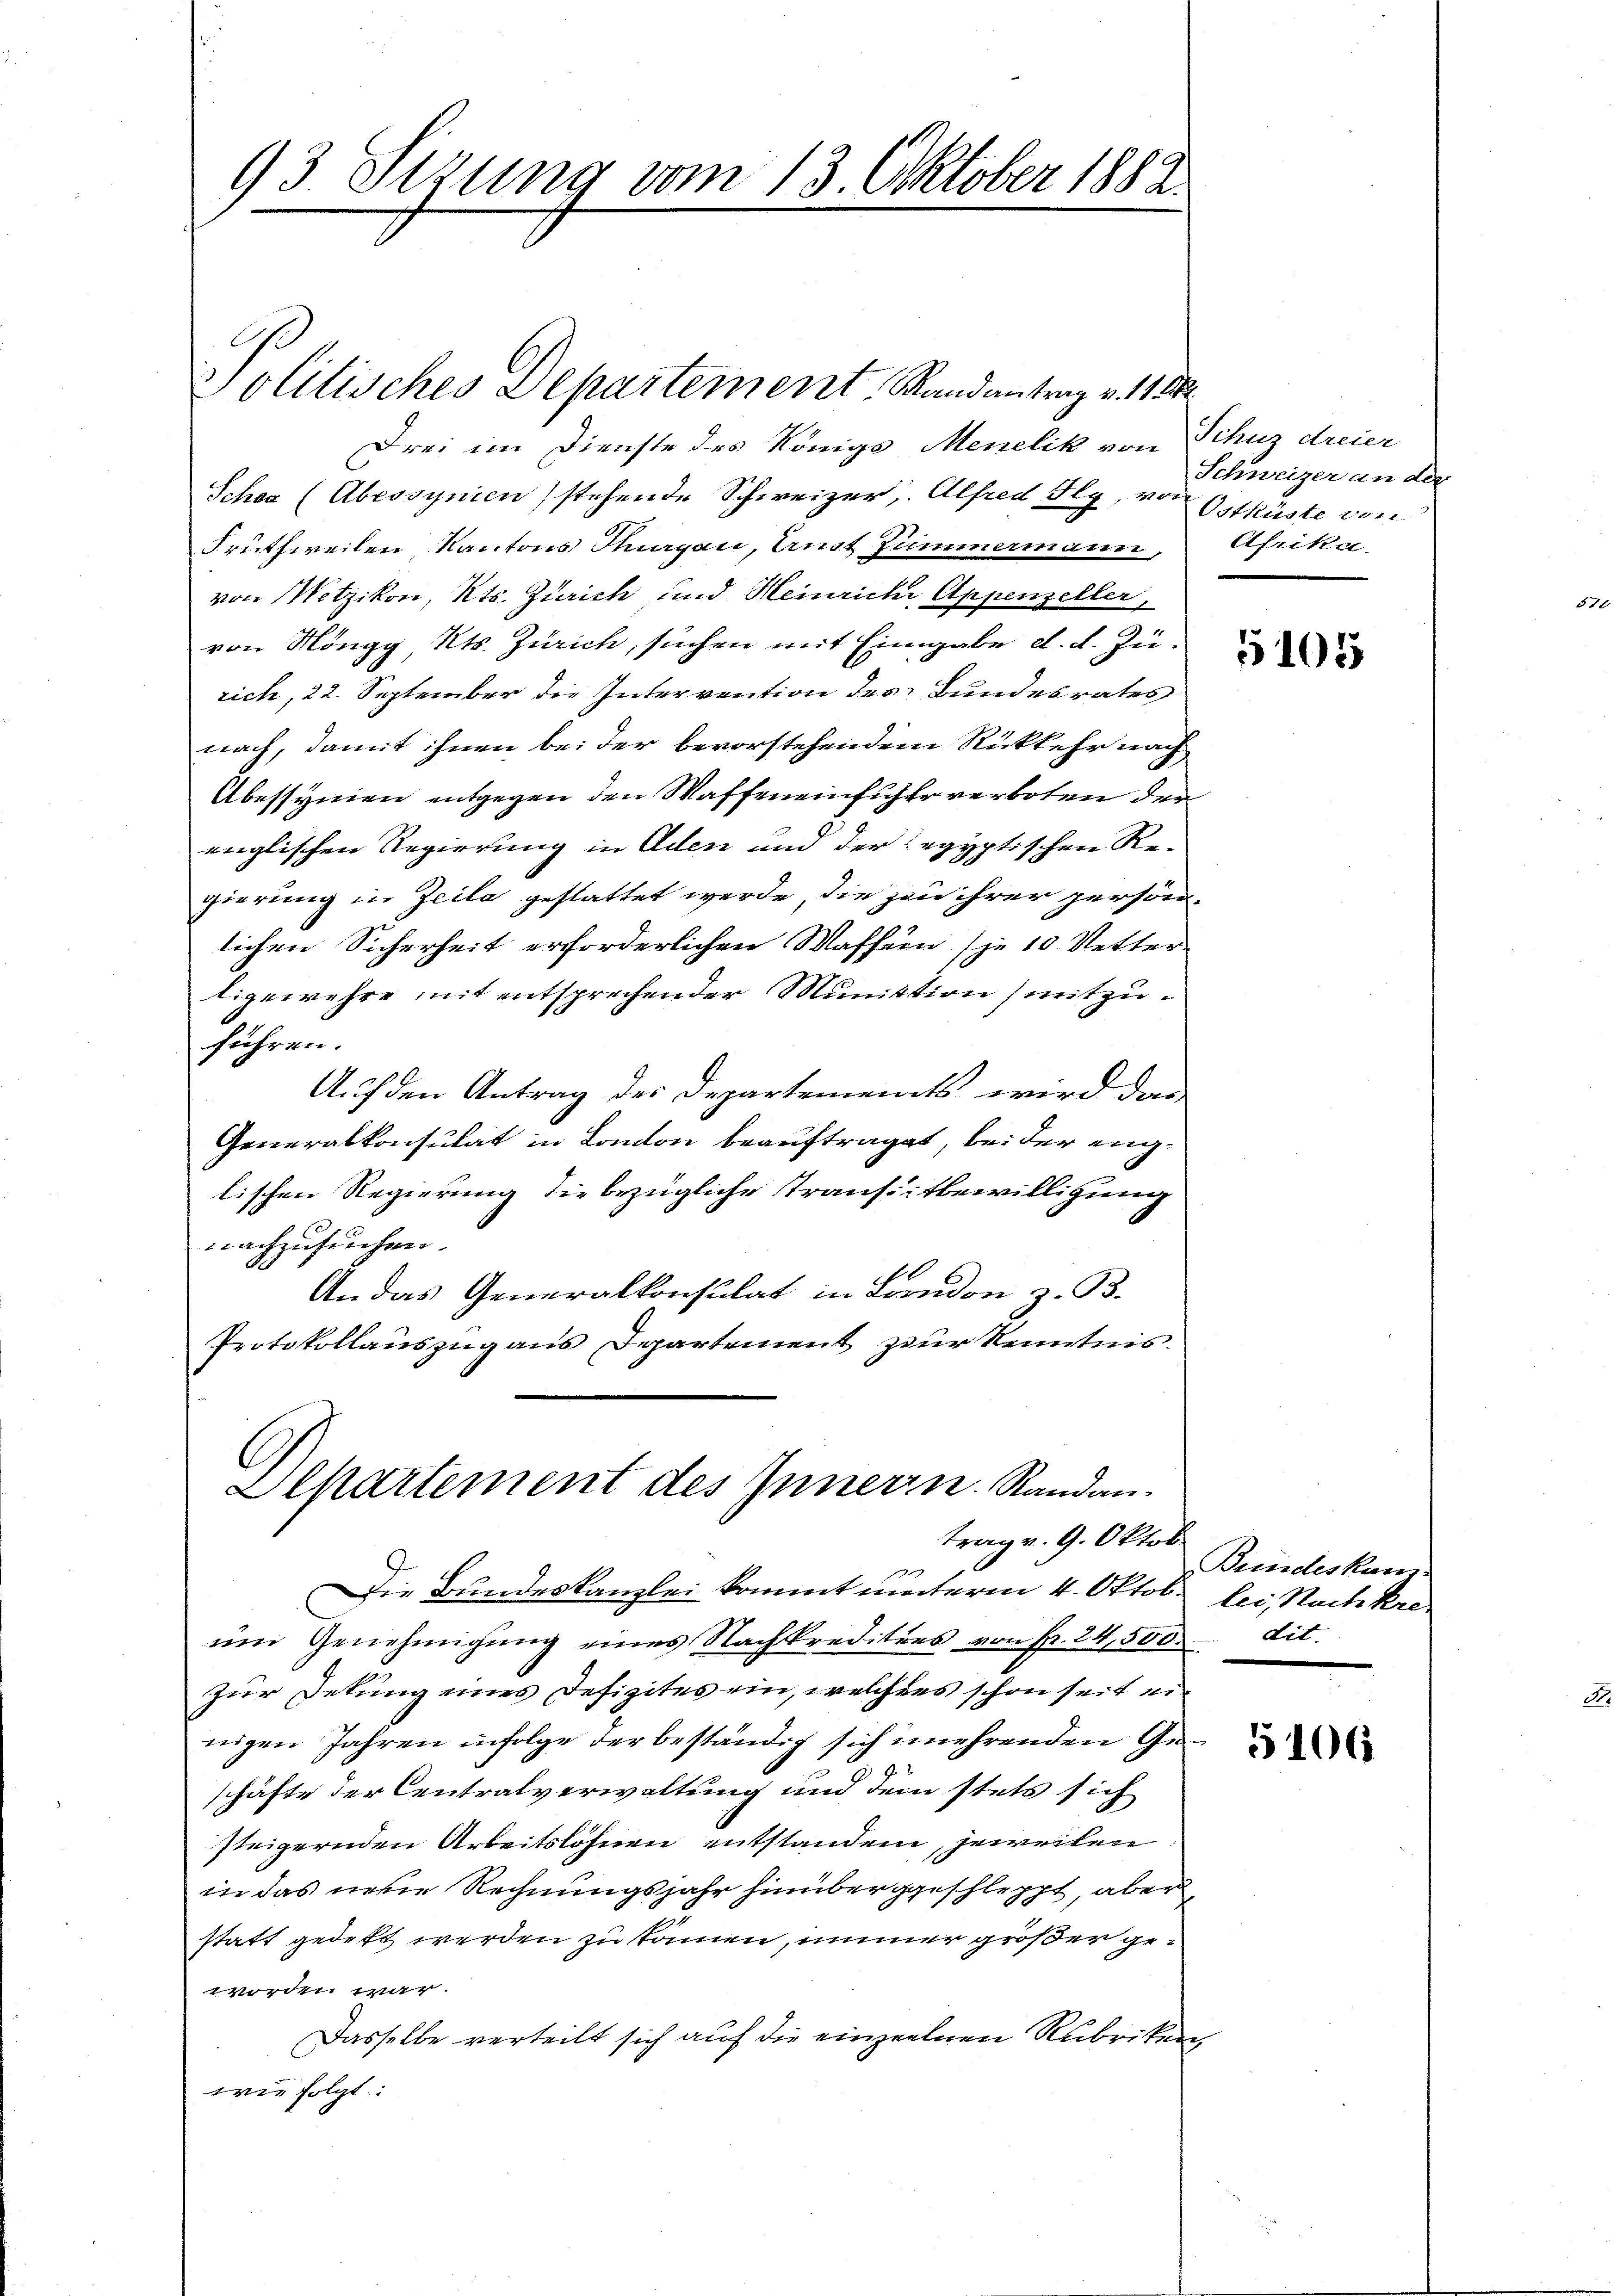
93 Sizung vom 13. Oktober 1882

Drei im Dienste des Königs Menelik von Schuz dreier
Schen (Abessynien) stehende Schweizer, Alfred Tly, von Ostküste von
Fruthweilen Kantons Thurgau, Ernst Zimmermann, Afrika
von Metzikon, Kts. Zürich und Heinriche Appenzeller,
von Möngg Kts. Zürich, suchen mit Eingabe d. d. Zurich, 22. September die Intervention des Bundesrates
nach, damit ihnen bei der bevorstehendem Rückkehr nach
Abessynen entgegen den Waffeneinführ verboten der
englischen Regierung in Aden und der egyptischen Re-
gierung in Zeile gestattet werde, die zu ihrer persön-
lichen Sicherheit erforderlichen Waffen (je 10 Netter-
ligewehre mit entsprechender Munition (mitzuführen.
Auf den Antrag des Departements wird das
Generalkonsulat in Kanton beauftraget, bei der englischen Regierung die bezügliche Transitbewilligung
nachzusuchen.
An das Generalkonsulat in London z. B.
Protokollauszug aus Departement zur Kenntnis.

Politisches Departement, Randantrag v. 11

C
Alkartement des Innern. Randan
trag v. 9. Oktob

Die Bundeskanzlei kommt unterm 4. Oktob. lei Nachkreum Genehmigung eines Nachkreditärs von fr. 24,500. lit.
zur Dekung eines Defizites ein, welchers schon seit einigen Jahren infolge der beständig sich unehrenden Geschäfte der Centralverwaltung und dem stets sich
steigernden Arbeitslöhnen entstanden, jeweilen
in das neue Rechnungsjahr hinüberggeschleppt, aber
statt gedekt werden zu können, immer großer geworden war.
Dasselbe verteilt sich auf die einzelnen Rubriken,
wie folgt:

Schweizer an der

5105

Bundeskan

2

5106